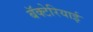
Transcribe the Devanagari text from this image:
बॅक्टेरियाई